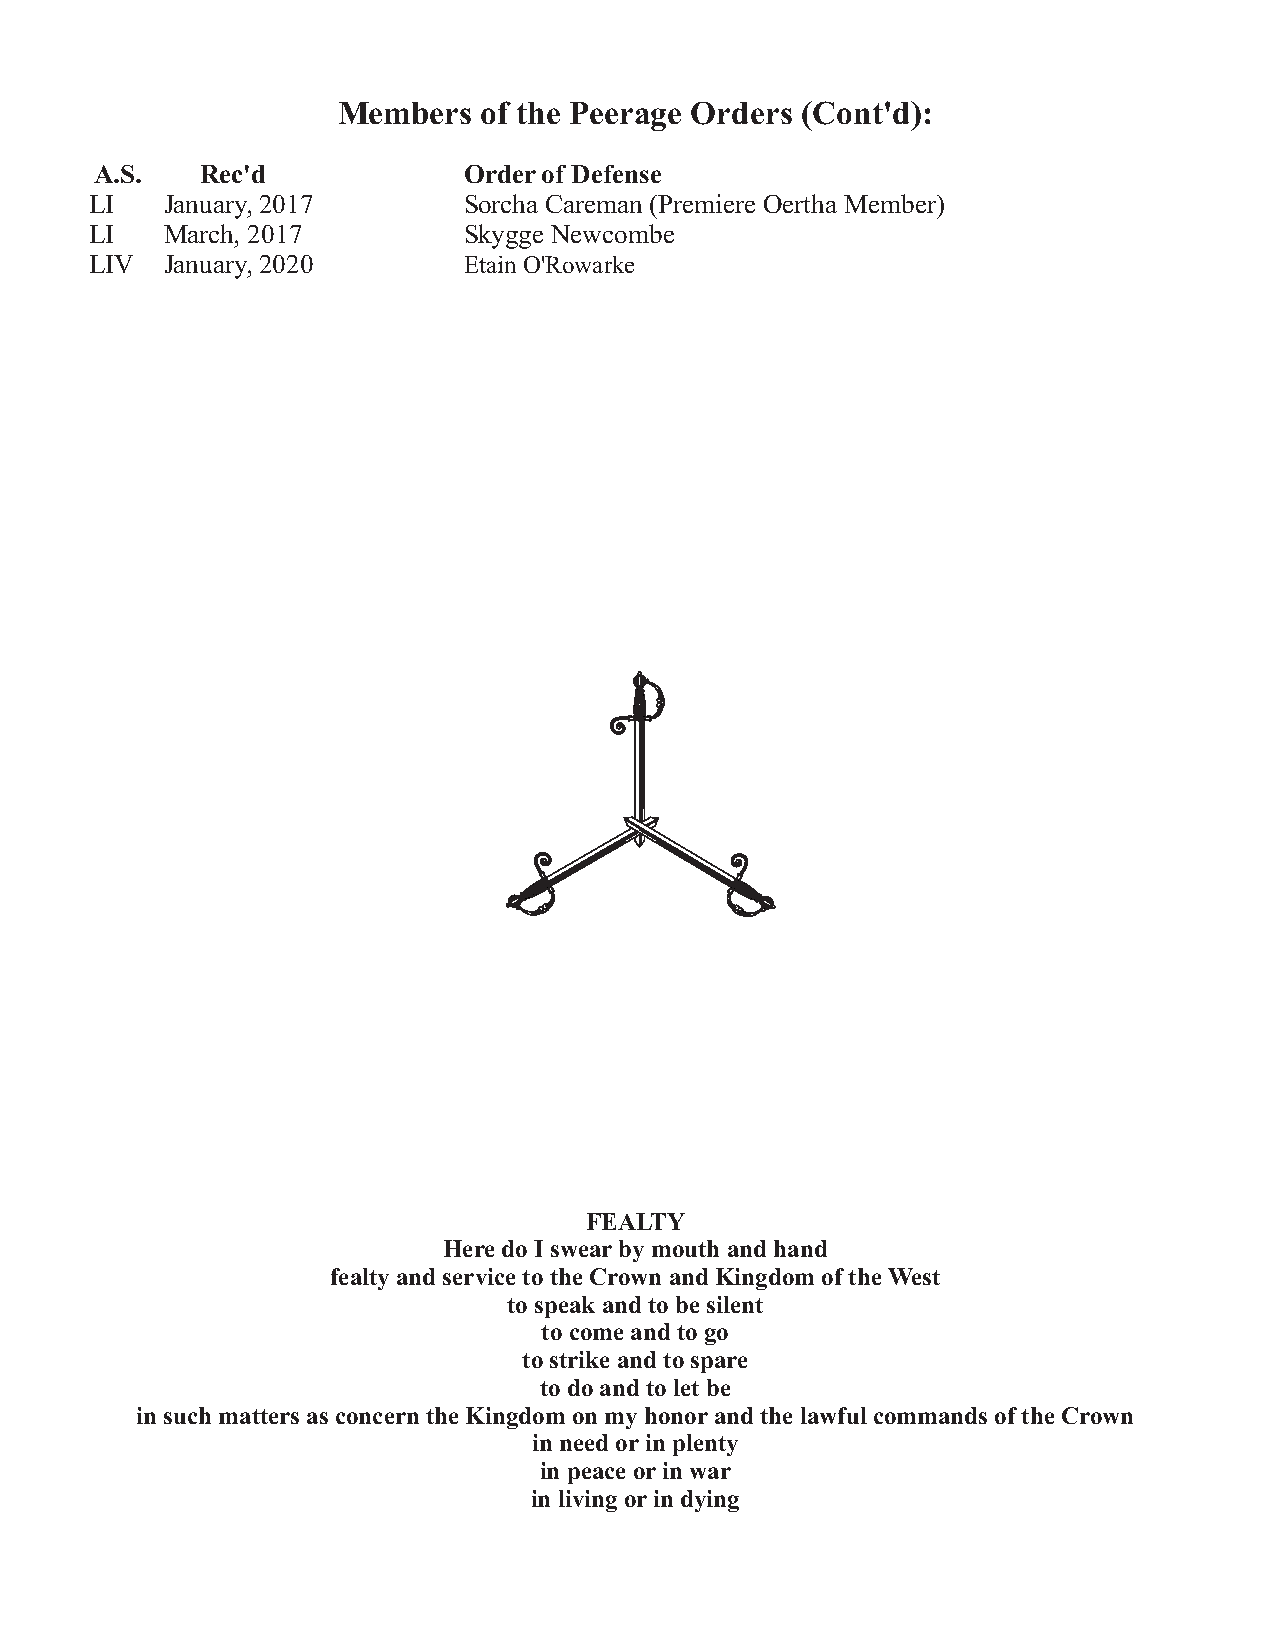
Members   of the Peerage Orders (Cont'd):
 A.S.   Rec'd             Order of Defense
 LI   January, 2017       Sorcha Careman (Premiere Oertha Member)
 LI   March, 2017         Skygge Newcombe
 LIV  January, 2020       Etain O'Rowarke
 FEALTY
 Here do I swear by mouth and hand
 fealty and service to the Crown and Kingdom of the West
 to speak and to be silent
 to come and to go
 to strike and to spare
 to do and to let be
 in such matters as concern the Kingdom on my honor and the lawful commands of the Crown
 in need or in plenty
 in peace or in war
 in living or in dying